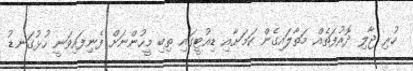
ހުރި ޖާލި ދޮރުފަތެއް މަތާލައިގެން ކަމަށާއި ޑިއުޓީގައި ތިބި މީހުންނަށް ފެނިފައިވަނީ ހުޅުގަނޑު